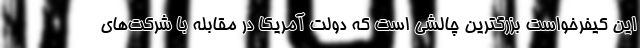
این کیفرخواست بزرگترین چالشی است که دولت آمریکا در مقابله با شرکت‌های